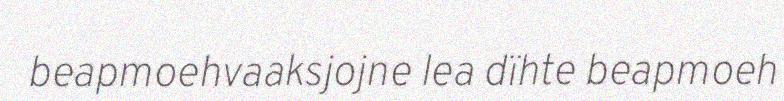
beapmoehvaaksjojne lea dïhte beapmoeh